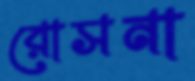
রোসনা